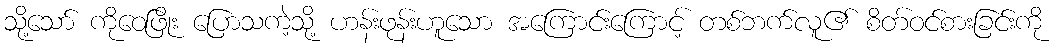
သို့သော် ကိုဝေဖြိုး ပြောသကဲ့သို့ ဟန်းဖုန်းဟူသော အကြောင်းကြောင့် တစ်ဘက်လူ၏ စိတ်ဝင်စားခြင်းကို